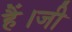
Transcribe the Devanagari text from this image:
हैं।जी